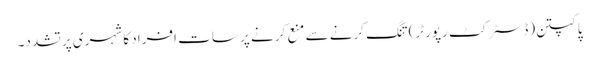
پاکپتن(ڈسٹر کٹ رپورٹر)تنگ کرنے سے منع کر نے پر سات افراد کا شہری پر تشدد۔